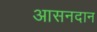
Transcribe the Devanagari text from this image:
आसनदान